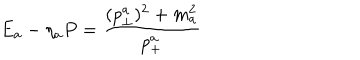
E _ { a } - \eta _ { a } P = { \frac { ( p _ { \perp } ^ { a } ) ^ { 2 } + m _ { a } ^ { 2 } } { p _ { + } ^ { a } } }